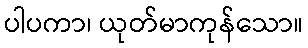
ပါပကာ၊ ယုတ်မာကုန်သော။